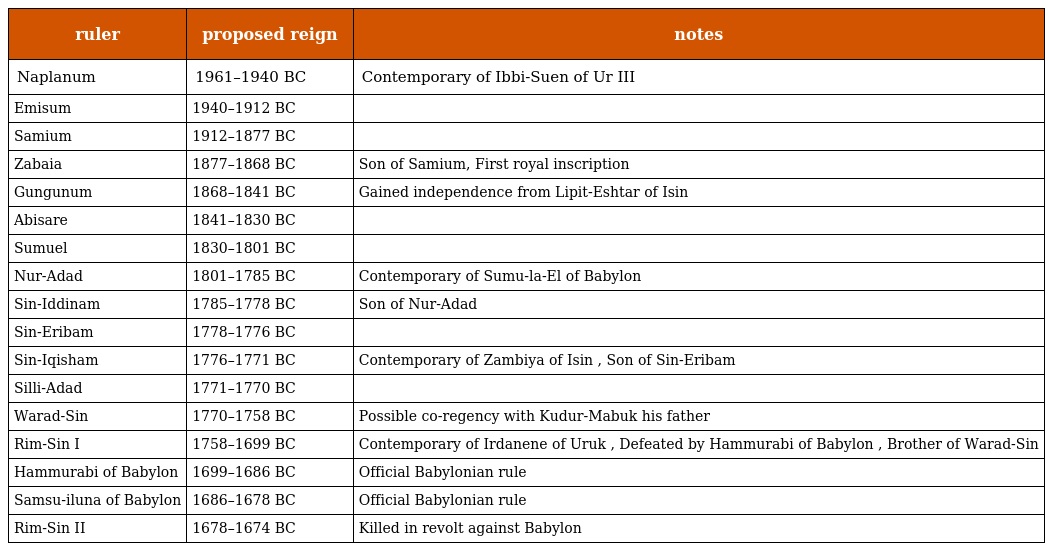
| ruler | proposed reign | notes |
 | --- | --- | --- |
 | Naplanum | 1961–1940 BC | Contemporary of Ibbi-Suen of Ur III |
 | Emisum | 1940–1912 BC |  |
 | Samium | 1912–1877 BC |  |
 | Zabaia | 1877–1868 BC | Son of Samium, First royal inscription |
 | Gungunum | 1868–1841 BC | Gained independence from Lipit-Eshtar of Isin |
 | Abisare | 1841–1830 BC |  |
 | Sumuel | 1830–1801 BC |  |
 | Nur-Adad | 1801–1785 BC | Contemporary of Sumu-la-El of Babylon |
 | Sin-Iddinam | 1785–1778 BC | Son of Nur-Adad |
 | Sin-Eribam | 1778–1776 BC |  |
 | Sin-Iqisham | 1776–1771 BC | Contemporary of Zambiya of Isin , Son of Sin-Eribam |
 | Silli-Adad | 1771–1770 BC |  |
 | Warad-Sin | 1770–1758 BC | Possible co-regency with Kudur-Mabuk his father |
 | Rim-Sin I | 1758–1699 BC | Contemporary of Irdanene of Uruk , Defeated by Hammurabi of Babylon , Brother of Warad-Sin |
 | Hammurabi of Babylon | 1699–1686 BC | Official Babylonian rule |
 | Samsu-iluna of Babylon | 1686–1678 BC | Official Babylonian rule |
 | Rim-Sin II | 1678–1674 BC | Killed in revolt against Babylon |